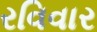
રવિવાર